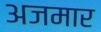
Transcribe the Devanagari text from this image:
अजमार